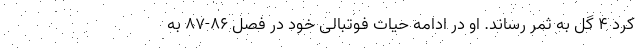
کرد ۴ گل به ثمر رساند. او در ادامه حیات فوتبالی خود در فصل ۸۶-۸۷ به